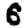
Digit: 6